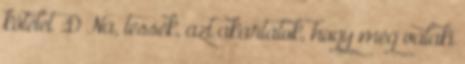
kötelet :D Na, tessék, azt akartátok, hogy még valaki